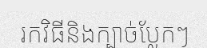
រកវិធីនិងក្បាច់ប្លែកៗ